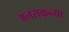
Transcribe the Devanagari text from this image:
अलसकन्या